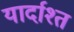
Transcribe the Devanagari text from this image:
यार्दाश्त